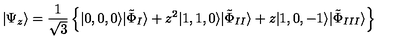
| \Psi _ { z } \rangle = \frac { 1 } { \sqrt { 3 } } \left\{ | 0 , 0 , 0 \rangle | \tilde { \Phi } _ { I } \rangle + z ^ { 2 } | 1 , 1 , 0 \rangle | \tilde { \Phi } _ { I I } \rangle + z | 1 , 0 , - 1 \rangle | \tilde { \Phi } _ { I I I } \rangle \right\}